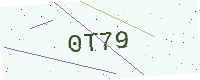
Text: 0T79